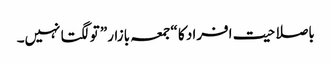
باصلاحیت افراد کا “جمعہ بازار” تو لگتا نہیں۔